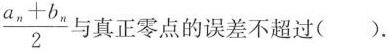
$$\frac{a_{n}+b_{n}}{2}$$与真正零点的误差不超过().